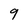
Character: 9